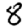
Digit: 8